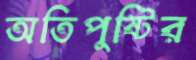
অতিপুষ্টির